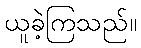
ယူခဲ့ကြသည်။